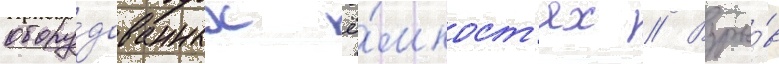
обору́дованных ё́мкост'ях // Взры́в